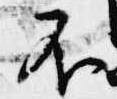
不